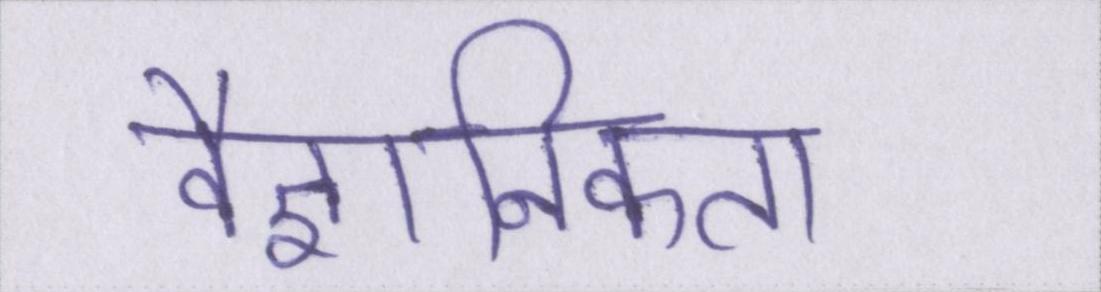
वैज्ञानिकता